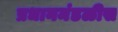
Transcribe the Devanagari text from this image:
प्रधानमंडळीस